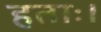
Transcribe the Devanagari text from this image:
हताः।